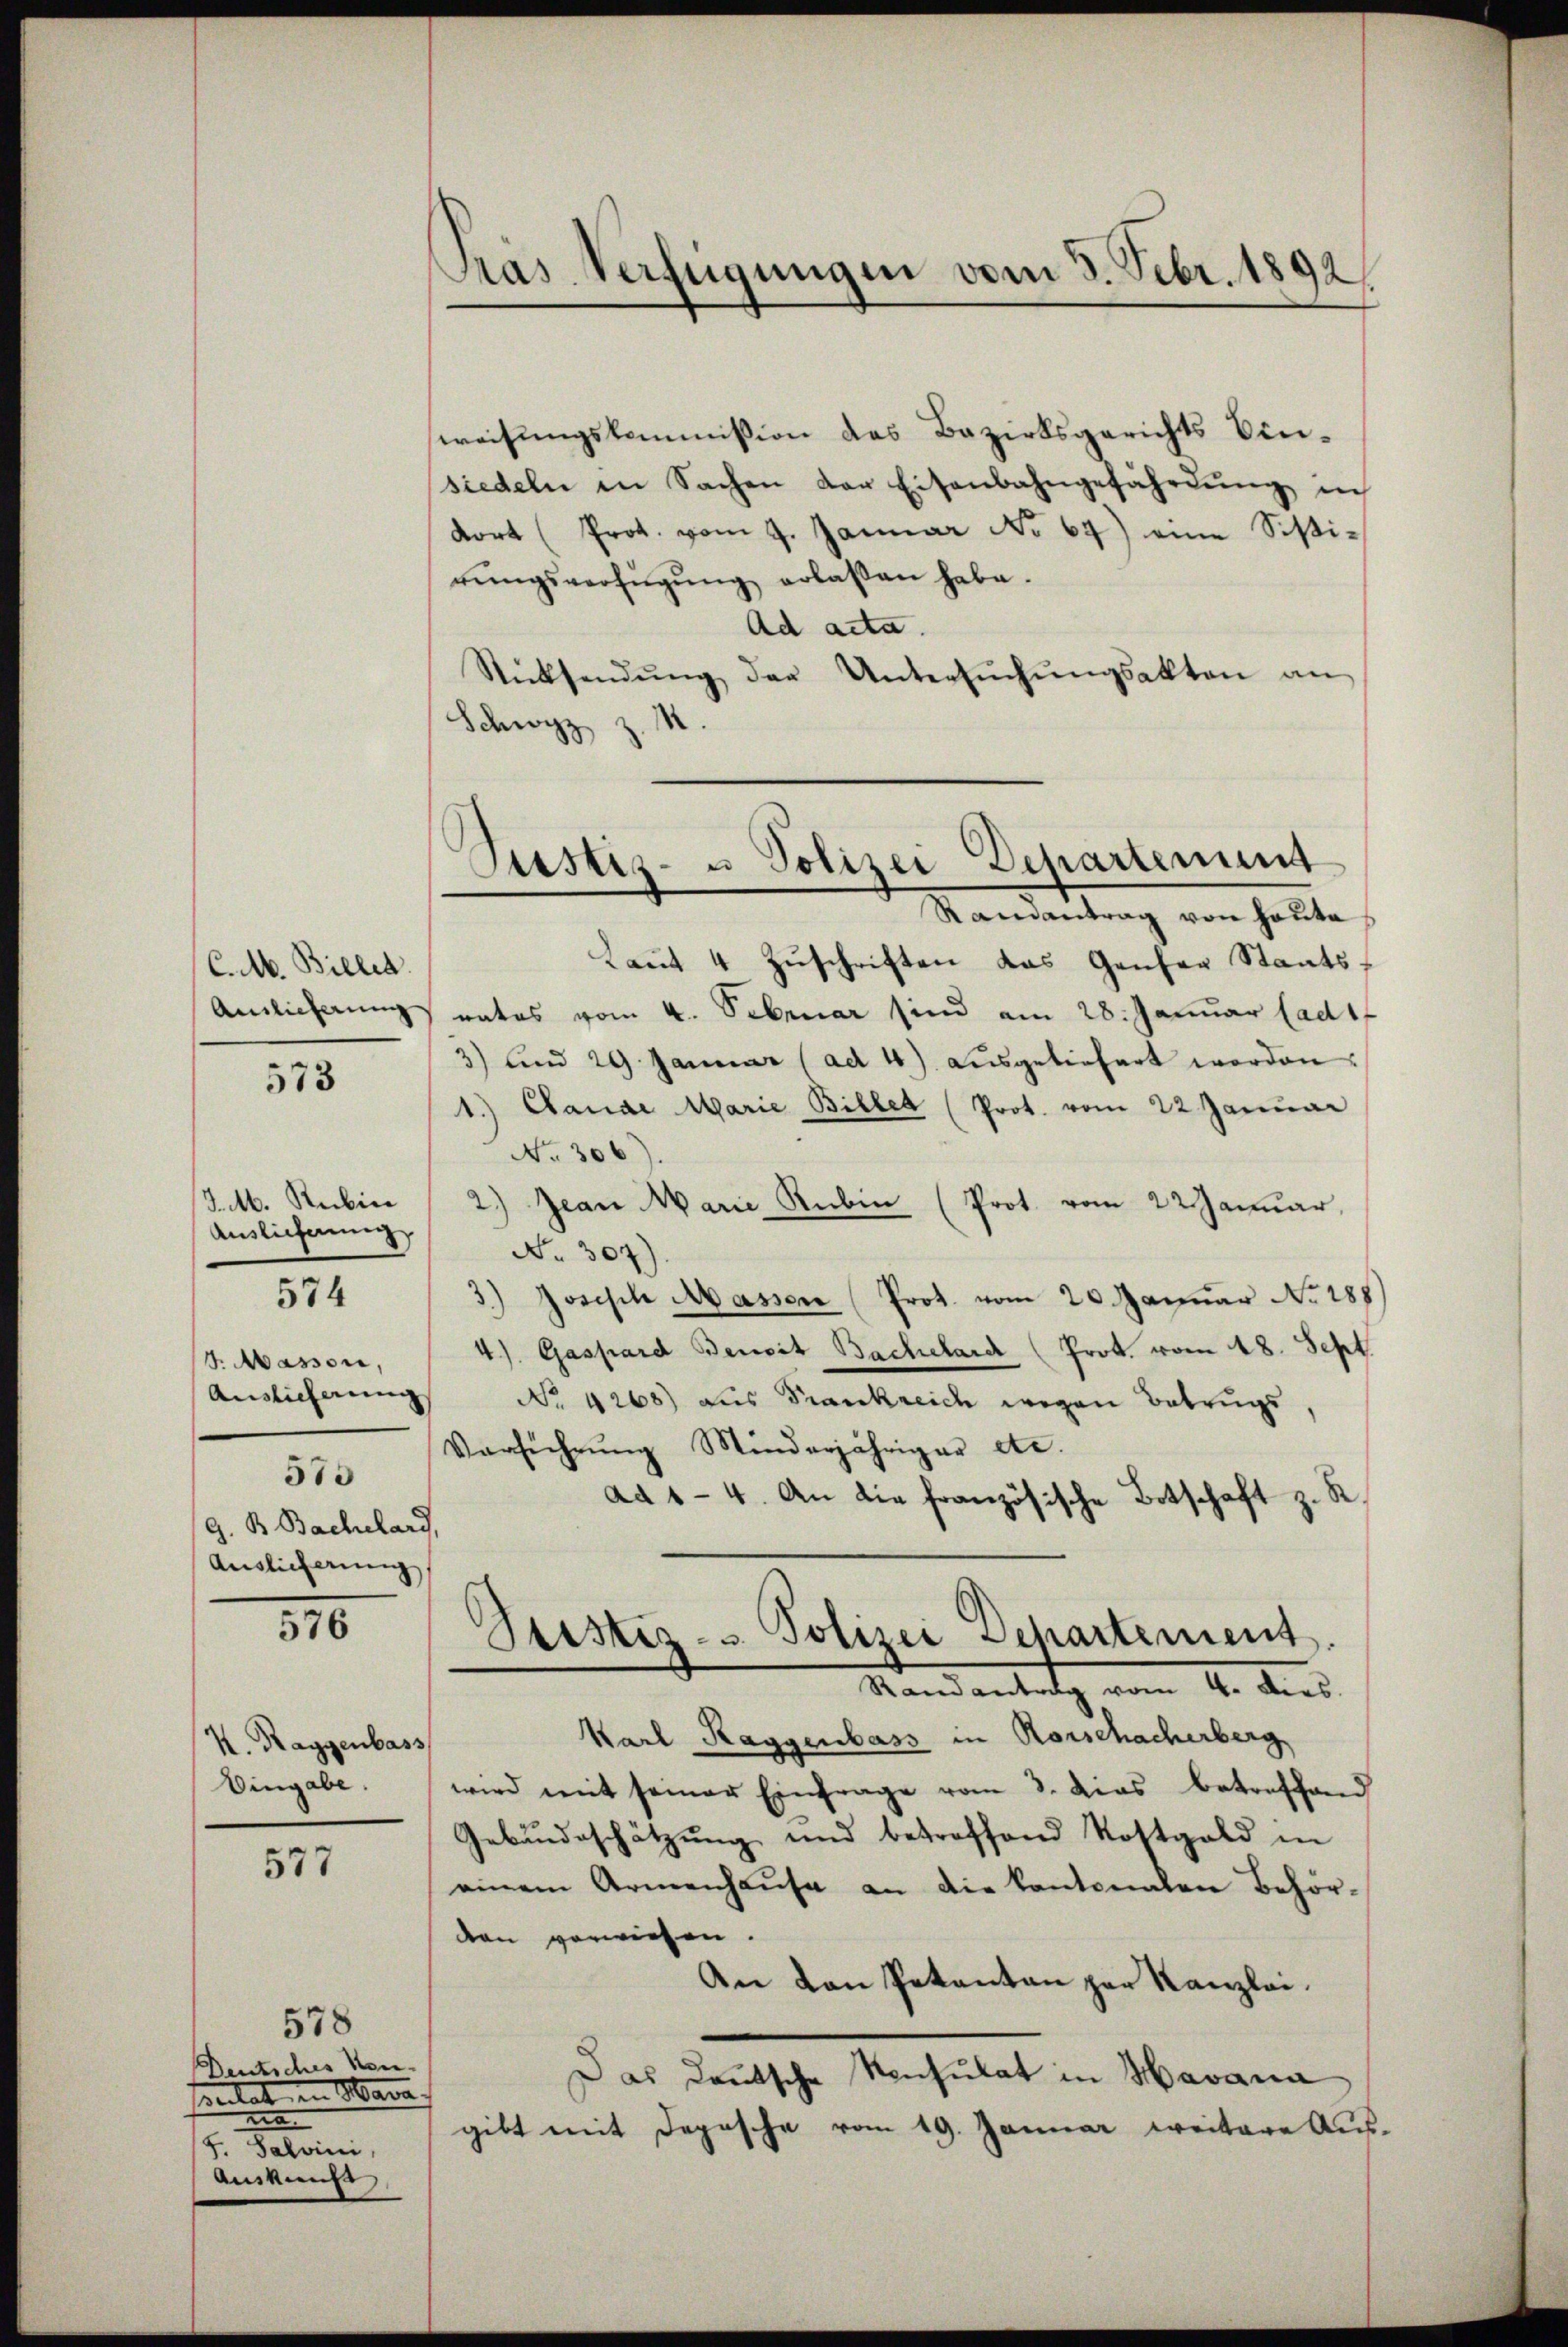
C.M. Bielen.

/J.M. Rubin
Ausliefnung
574

573

t. Massen,
Auslicherung
573
G. B. Bachelard,
Auslicherung,

577

576

K. Raggenbass
Eingabe.

578

Deutsches Kon-
pulat Mara
na
G. Salvini,
Auskunft

weisungskommission des Bezirksgerichts Einsiedeln in Sachen der Eisenbahngefährdŭng in
dort (Prot. vom 9. Januar No 67) eine Sistirŭngsverfügŭng erlaßen habe.
Ad acta.
Rücksendŭng der Untersŭchŭngsakten an
Schwyz z. R.

Pras Verfügungen vom 3. Febr. 1892

Laut 4 Zuschriften das Genfer Staats¬
Amlicherung rates vom 4. Sebruar sind am 28. Januar lad1f
3) Am 29. Januar (ad 4) ausgeliefert worden.
1.) Cande Marie Billen (Prot. vom 22 Januar
No. 306).
2.) Jean Marie Rubin (Prot. vom 22 Januar,
No. 307).
3.) Joseph Massen (Prot. vom 20. Januar No. 188
4). Gaspard Bemit Bachelard (Prok. vom 18. Sept.
No. 4268) aus Frankreich wegen Betrugs,
Verführŭng Minderjähriger etc.
ad 1-4. An die französische Botschaft z. S.
Geistiz- & Polizei Departement.
Randantrag vom 4. Dies
Karl Raggenbass in Rorschacherberg
wird mit seiner Einfrage vom 3. dies betreffend
Gebäudeschätzung und betroffend Kostgeld in
einem Armenhaŭse an die Kantonalen Behör-
den verwiesen.
An von Petenten zur Kanzlei.
Das Deutsche Konsulat in Havana
gibt mit Depesche vom 19. Januar weitere Aus¬

Justiz- u Polizei Departement
Randantrag von heute